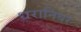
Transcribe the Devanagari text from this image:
धरानिधर